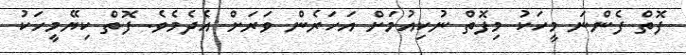
ފޮތް ފެންނަ މީހަކު މިފޮތް ނުކިއުމަށް އަހަރެން ވަރަށް އެދެމެވެ. ފޮތް ކިޔޭމީހަކު